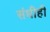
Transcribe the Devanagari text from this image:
संधीही